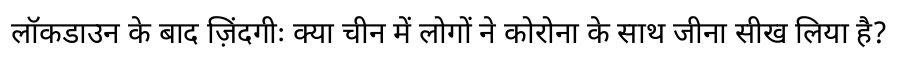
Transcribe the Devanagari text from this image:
लॉकडाउन के बाद ज़िंदगीः क्या चीन में लोगों ने कोरोना के साथ जीना सीख लिया है?